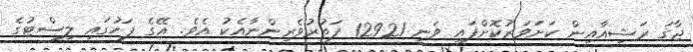
ޖާގަ ރަޝިއާއިން ކަށަވަރުކޮށްފައި ވަނީ 12921 ފަތުރުވެރިންނާއެކު އެވެ. އޭގެ ފަހުގައި ލިސްޓުގެ